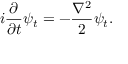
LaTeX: i { \frac { \partial } { \partial t } } \psi _ { t } = - { \frac { \nabla ^ { 2 } } { 2 } } \psi _ { t } .